Indian journal of veterinary science and animal husbandry - Volumes 28-29, 1958-1959
Year: 1958
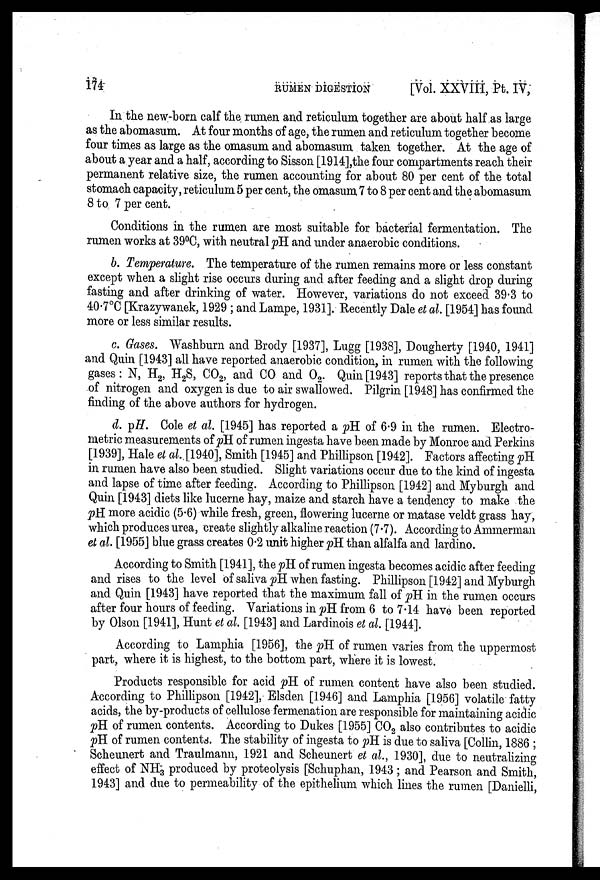
174
RUMEN
DIGESTION
[Vol. XXVIII, Pt. IV,
In the new-born calf the rumen and reticulum together are about half as large
as the abomasum. At four months of age, the rumen and reticulum together become
four times as large as the omasum and abomasum taken together. At the age of
about a year and a half, according to Sisson [1914],the four compartments reach their
permanent relative size, the rumen accounting for about 80 per cent of the total
stomach capacity, reticulum 5 per cent, the omasum 7 to 8 per cent and the abomasum
8 to 7 per cent.
Conditions in the rumen are most suitable for bacterial fermentation. The
rumen works at 39°C, with neutral pH and under anaerobic conditions.
b. Temperature. The temperature of the rumen remains more or less constant
except when a slight rise occurs during and after feeding and a slight drop during
fasting and after drinking of water. However, variations do not exceed 39.3 to
40.7°C [Krazywanek, 1929 ; and Lampe, 1931]. Recently Dale et al. [1954] has found
more or less similar results.
c. Gases. Washburn and Brody [1937], Lugg [1938], Dougherty [1940, 1941]
and Quin [1943] all have reported anaerobic condition, in rumen with the following
gases: N, H 2 , H 2 S, CO 2 , and CO and O 2 . Quin [1943] reports that the presence
of nitrogen and oxygen is due to air swallowed. Pilgrin [1948] has confirmed the
finding of the above authors for hydrogen.
d. pH. Cole et al. [1945] has reported a pH of 6.9 in the rumen. Electro-
metric measurements of pH of rumen ingesta have been made by Monroe and Perkins
[1939], Hale et al. [1940], Smith [1945] and Phillipson [1942]. Factors affecting pH
in rumen have also been studied. Slight variations occur due to the kind of ingesta
and lapse of time after feeding. According to Phillipson [1942] and Myburgh and
Quin [1943] diets like lucerne hay, maize and starch have a tendency to make the
pH more acidic (5.6) while fresh, green, flowering lucerne or matase veldt grass hay,
which produces urea, create slightly alkaline reaction (7.7). According to Ammerman
et al. [1955] blue grass creates 0.2 unit higher pH than alfalfa and lardino.
According to Smith [1941], the pH of rumen ingesta becomes acidic after feeding
and rises to the level of saliva pH when fasting. Phillipson [1942] and Myburgh
and Quin [1943] have reported that the maximum fall of pH in the rumen occurs
after four hours of feeding. Variations in pH from 6 to 7.14 have been reported
by Olson [1941], Hunt et al. [1943] and Lardinois et al. [1944].
According to Lamphia [1956], the pH of rumen varies from the uppermost
part, where it is highest, to the bottom part, where it is lowest.
Products responsible for acid pH of rumen content have also been studied.
According to Phillipson [1942], Elsden [1946] and Lamphia [1956] volatile fatty
acids, the by-products of cellulose fermenation are responsible for maintaining acidic
pH of rumen contents. According to Dukes [1955] CO 2 also contributes to acidic
pH of rumen contents. The stability of ingesta to pH is due to saliva [Collin, 1886 ;
Scheunert and Traulmann, 1921 and Scheunert et al., 1930], due to neutralizing
effect of NH 3 produced by proteolysis [Schuphan, 1943 ; and Pearson and Smith,
1943] and due to permeability of the epithelium which lines the rumen [Danielli,